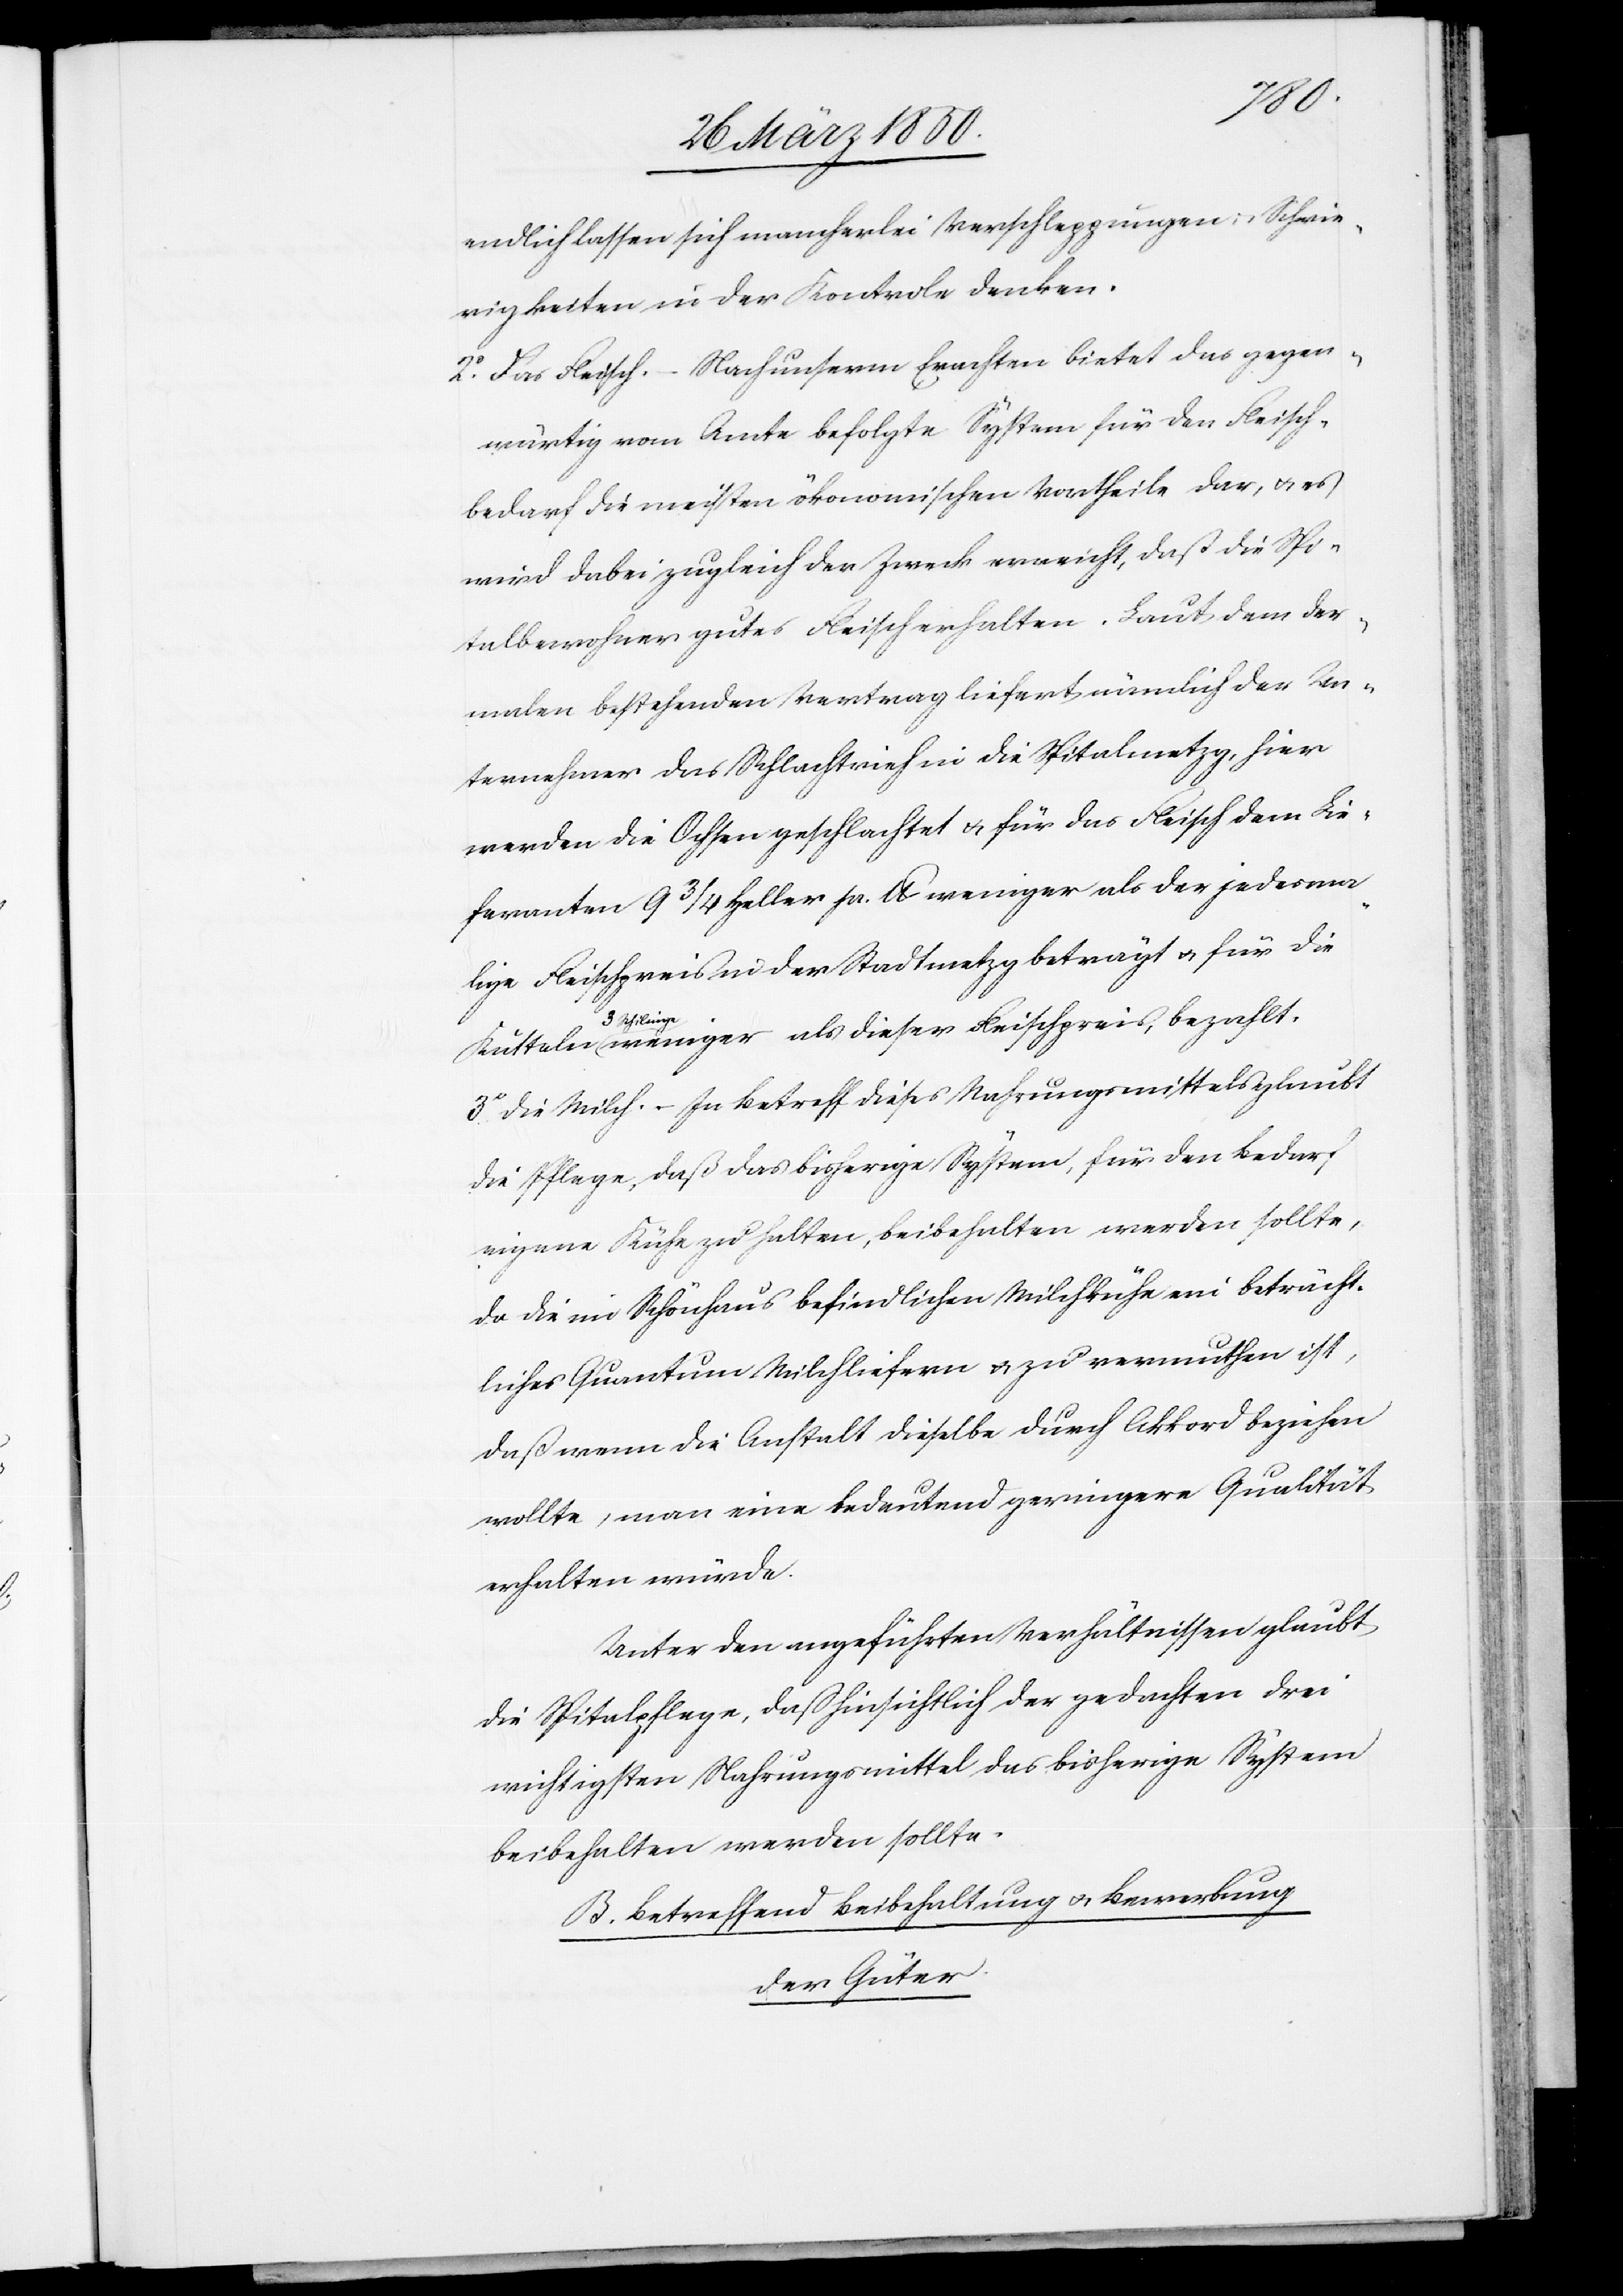
endlich lassen sich mancherlei Verschleppungen u. Schwie¬
rigkeiten in der Kontrole denken.
2o Das Fleisch. – Nach unserm Erachten bietet das gegen¬
wärtig vom Amte befolge System für den Fleisch¬
bedarf die meisten ökonomischen Vortheile dar, u. es
wird dabei zugleich der Zweck erreicht, daß die Spi¬
talbewohner gutes Fleisch erhalten. Laut dem der¬
malen bestehenden Vertrag liefert nämlich der Un¬
ternehmer das Schlachtvieh in die Spitalmetzg, hier
werden die Ochsen geschlachtet u. für das Fleisch dem Lie¬
feranten 9 3/4 Heller pr. U weniger als der jedesma¬
lige Fleischpreis in der Stadtmetzg beträgt u. für die
teln
3
Schilinge weniger als dieser Fleischpreis, bezahlt.
3o Die Milch. – In Betreff dieses Nahrungsmittels glaubt
die Pflege, daß das bisherige System, für den Bedarf
eigene Kühe zu halten, beibehalten werden sollte,
da die im Schönhaus befindlichen Milchkühe ein beträcht¬
liches Quantum Milch liefern u. zu vermuthen ist,
daß wenn die Anstalt dieselbe durch Akkord beziehen
wollte, man eine bedeutend geringere Qualität
erhalten würde.
Unter den angeführten Verhältnissen glaubt
die Spitalpflege, daß hinsichtlich der gedachten drei
wichtigsten Nahrungsmittel das bisherige System
beibehalten werden sollte.
B. Betreffend Beibehaltung u. Bewerbung
der Güter